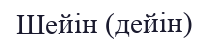
Шейін (дейін)